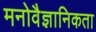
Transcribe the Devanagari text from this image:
मनोवैज्ञानिकता